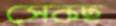
সেকছ